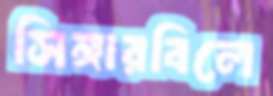
সিঙ্গারবিলে